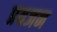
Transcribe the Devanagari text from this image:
प्रयजन